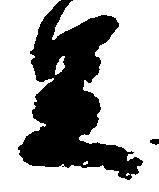
足